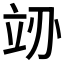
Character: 𬔚